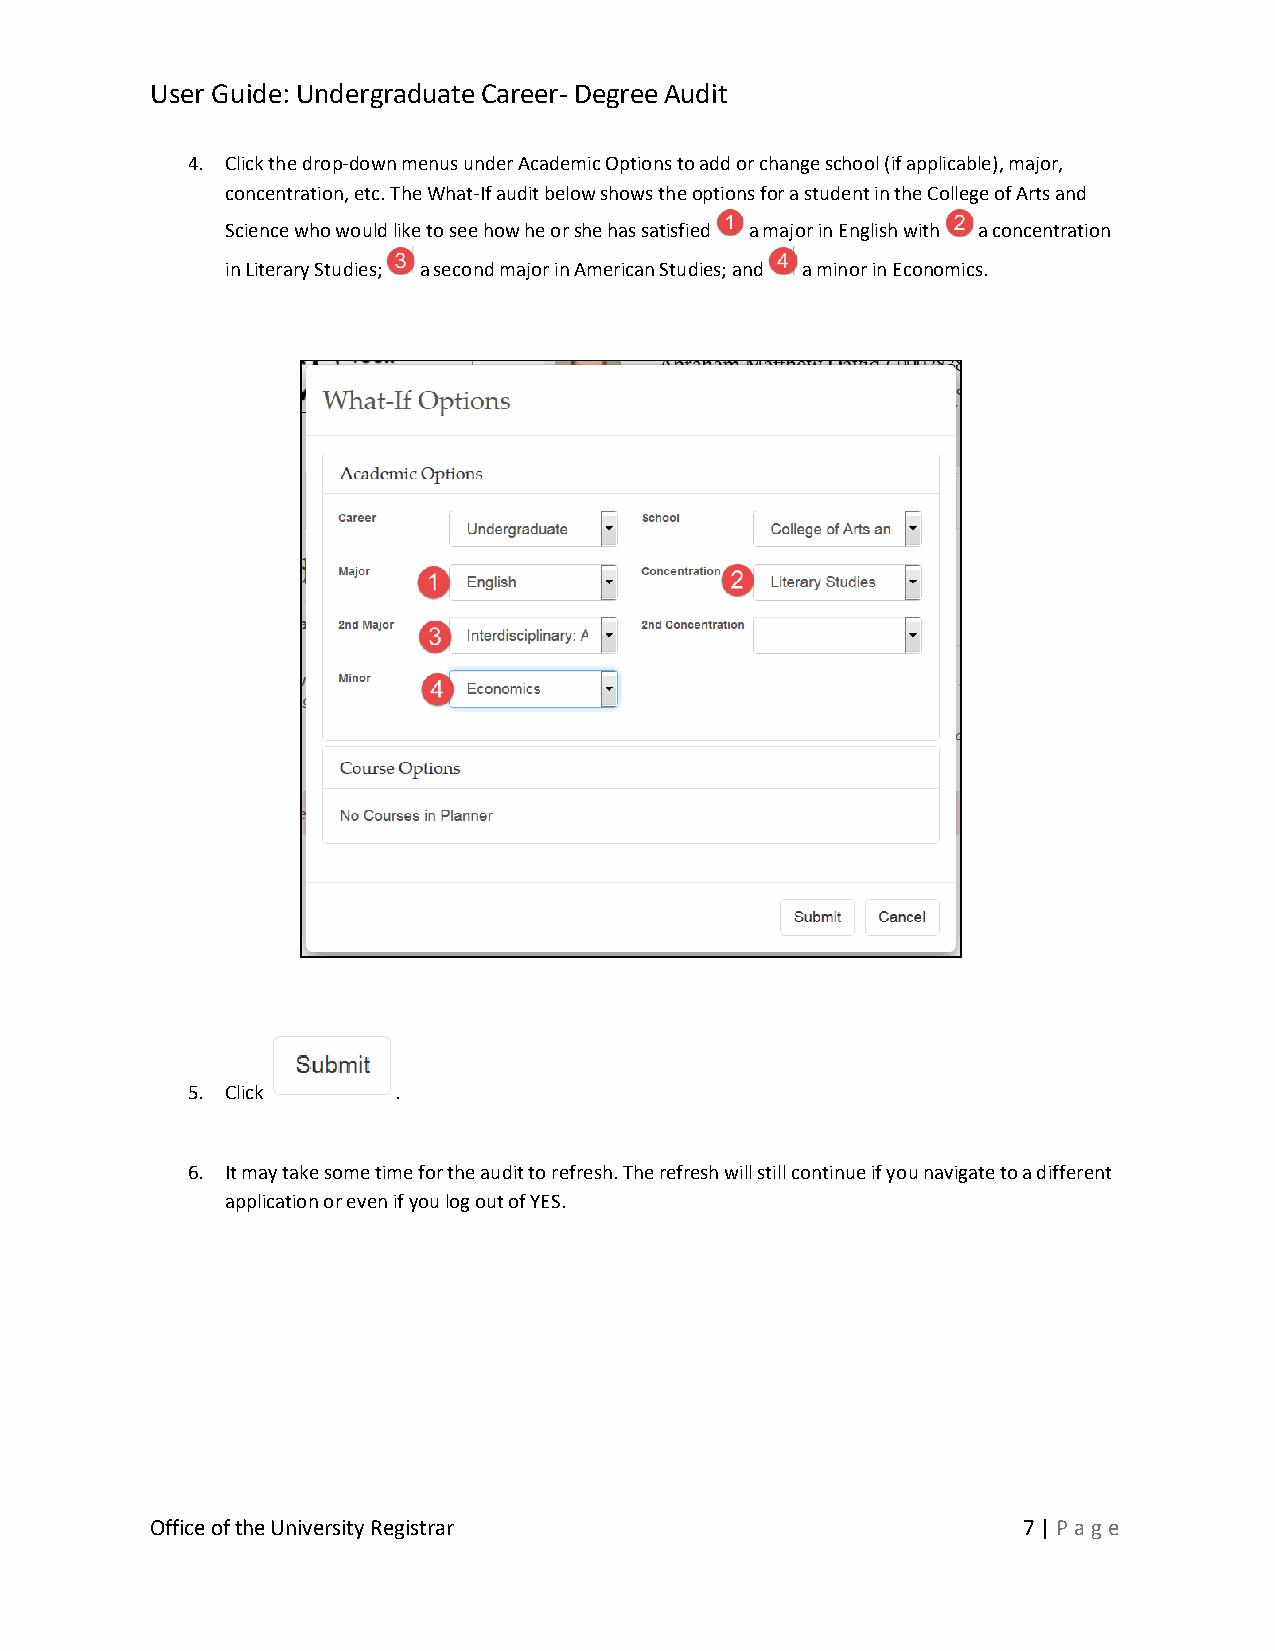
User Guide: Undergraduate Career- Degree Audit
 4. Click the drop-down menus under Academic Options to add or change school (if applicable), major,
 concentration, etc. The What-If audit below shows the options for a student in the College of Arts and
 Science who would like to see how he or she has satisfied a major in English with a concentration
 in Literary Studies; a second major in American Studies; and a minor in Economics.
 5. Click      .
 6. It may take some time for the audit to refresh. The refresh will still continue if you navigate to a different
 application or even if you log out of YES.
 Office of the University Registrar                        7 | Pag e